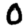
Digit: 0